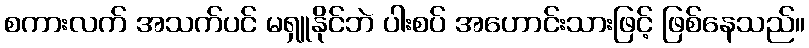
စကားလက် အသက်ပင် မရှူနိုင်ဘဲ ပါးစပ် အဟောင်းသားဖြင့် ဖြစ်နေသည်။